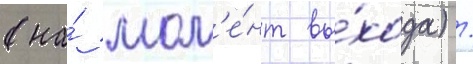
(на́ мом'е́нт вы́хода) /